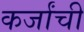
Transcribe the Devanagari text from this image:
कर्जांची